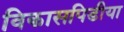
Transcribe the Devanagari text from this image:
विकासपिडीया